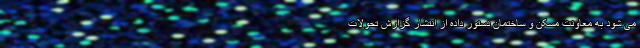
می شود به معاونت مسکن و ساختمان دستور داده از انتشار گزارش تحولات